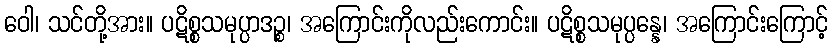
ဝေါ၊ သင်တို့အား။ ပဋိစ္စသမုပ္ပာဒဉ္စ၊ အကြောင်းကိုလည်းကောင်း။ ပဋိစ္စသမုပ္ပန္နေ၊ အကြောင်းကြောင့်